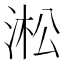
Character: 淞